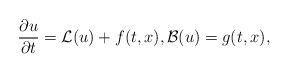
LaTeX: \begin{align*} \frac{\partial u}{\partial t} = \mathcal{L}(u) + f(t,x), \mathcal{B}(u) = g(t,x), \end{align*}